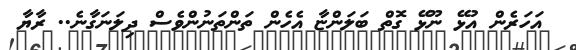
އަހަރެން އުޅޭ ނޫޅޭ ގޮތް ބަލަންޏާ އެހެން ތަންތަނުންވެސް ދިލަނަގާނެ.. ރާޔާ